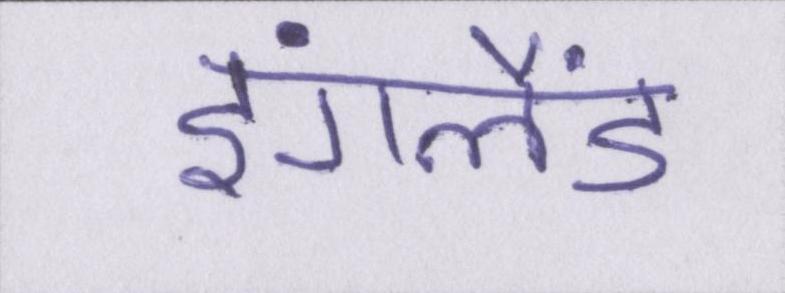
इंगलैंड